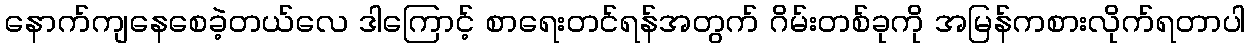
နောက်ကျနေစေခဲ့တယ်လေ ဒါကြောင့် စာရေးတင်ရန်အတွက် ဂိမ်းတစ်ခုကို အမြန်ကစားလိုက်ရတာပါ